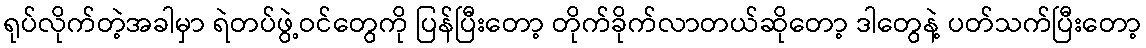
ရုပ်လိုက်တဲ့အခါမှာ ရဲတပ်ဖွဲ့ဝင်တွေကို ပြန်ပြီးတော့ တိုက်ခိုက်လာတယ်ဆိုတော့ ဒါတွေနဲ့ ပတ်သက်ပြီးတော့